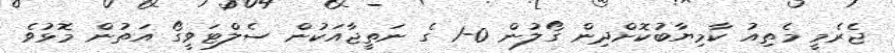
ޖެރެމީ މެތިއު ކާމިޔާބުކޮށްދިން ގޯލުން 0-1 ގެ ނަތީޖާއަކުން ސެލްޓަވީގޯ އަތުން މޮޅުވެ